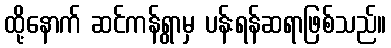
ထို့နောက် ဆင်ကန်ရွာမှ ပန်းရန်ဆရာဖြစ်သည်။